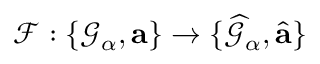
{ \mathcal F } : \{ \mathcal { G } _ { \alpha } , \mathbf { a } \} \to \{ \widehat { \mathcal G } _ { \alpha } , \hat { \mathbf { a } } \}